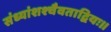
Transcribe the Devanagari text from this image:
संध्यांशश्चैवताद्वियः॥